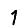
Digit: 1